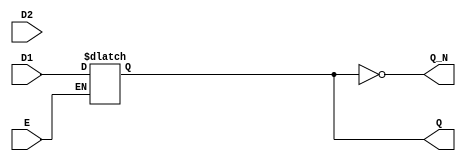
module dual_input_gated_latch (
    input wire D1,        // Data input 1
    input wire D2,        // Data input 2
    input wire E,         // Enable signal
    output reg Q,         // Output state
    output wire Q_N       // Complementary output
);

    always @(*) begin
        if (E) begin
            // If Enable is high, select between D1 and D2
            // You can add your selection logic here (for example, using a selector signal)
            // Here, as an example, we will select D1 when E is high
            Q = D1; // Change to D2 if you want to select D2 instead
        end
        // If Enable is low, Q retains its previous value
    end

    assign Q_N = ~Q; // Complementary output

endmodule